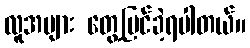
လူအများ တွေ့မြင်ခဲ့ရပါတယ်။